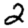
Digit: 2